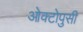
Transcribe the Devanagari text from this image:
ओक्टोपुसी